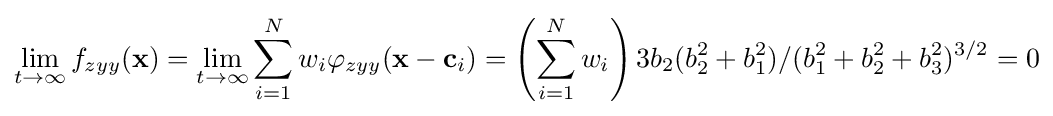
\lim _{t\to \infty }f_{zyy}(\mathbf {x} )=\lim _{t\to \infty }\sum _{i=1}^{N}w_{i}\varphi _{zyy}(\mathbf {x} -\mathbf {c} _{i})=\left(\sum _{i=1}^{N}w_{i}\right)3b_{2}(b_{2}^{2}+b_{1}^{2})/(b_{1}^{2}+b_{2}^{2}+b_{3}^{2})^{3/2}=0